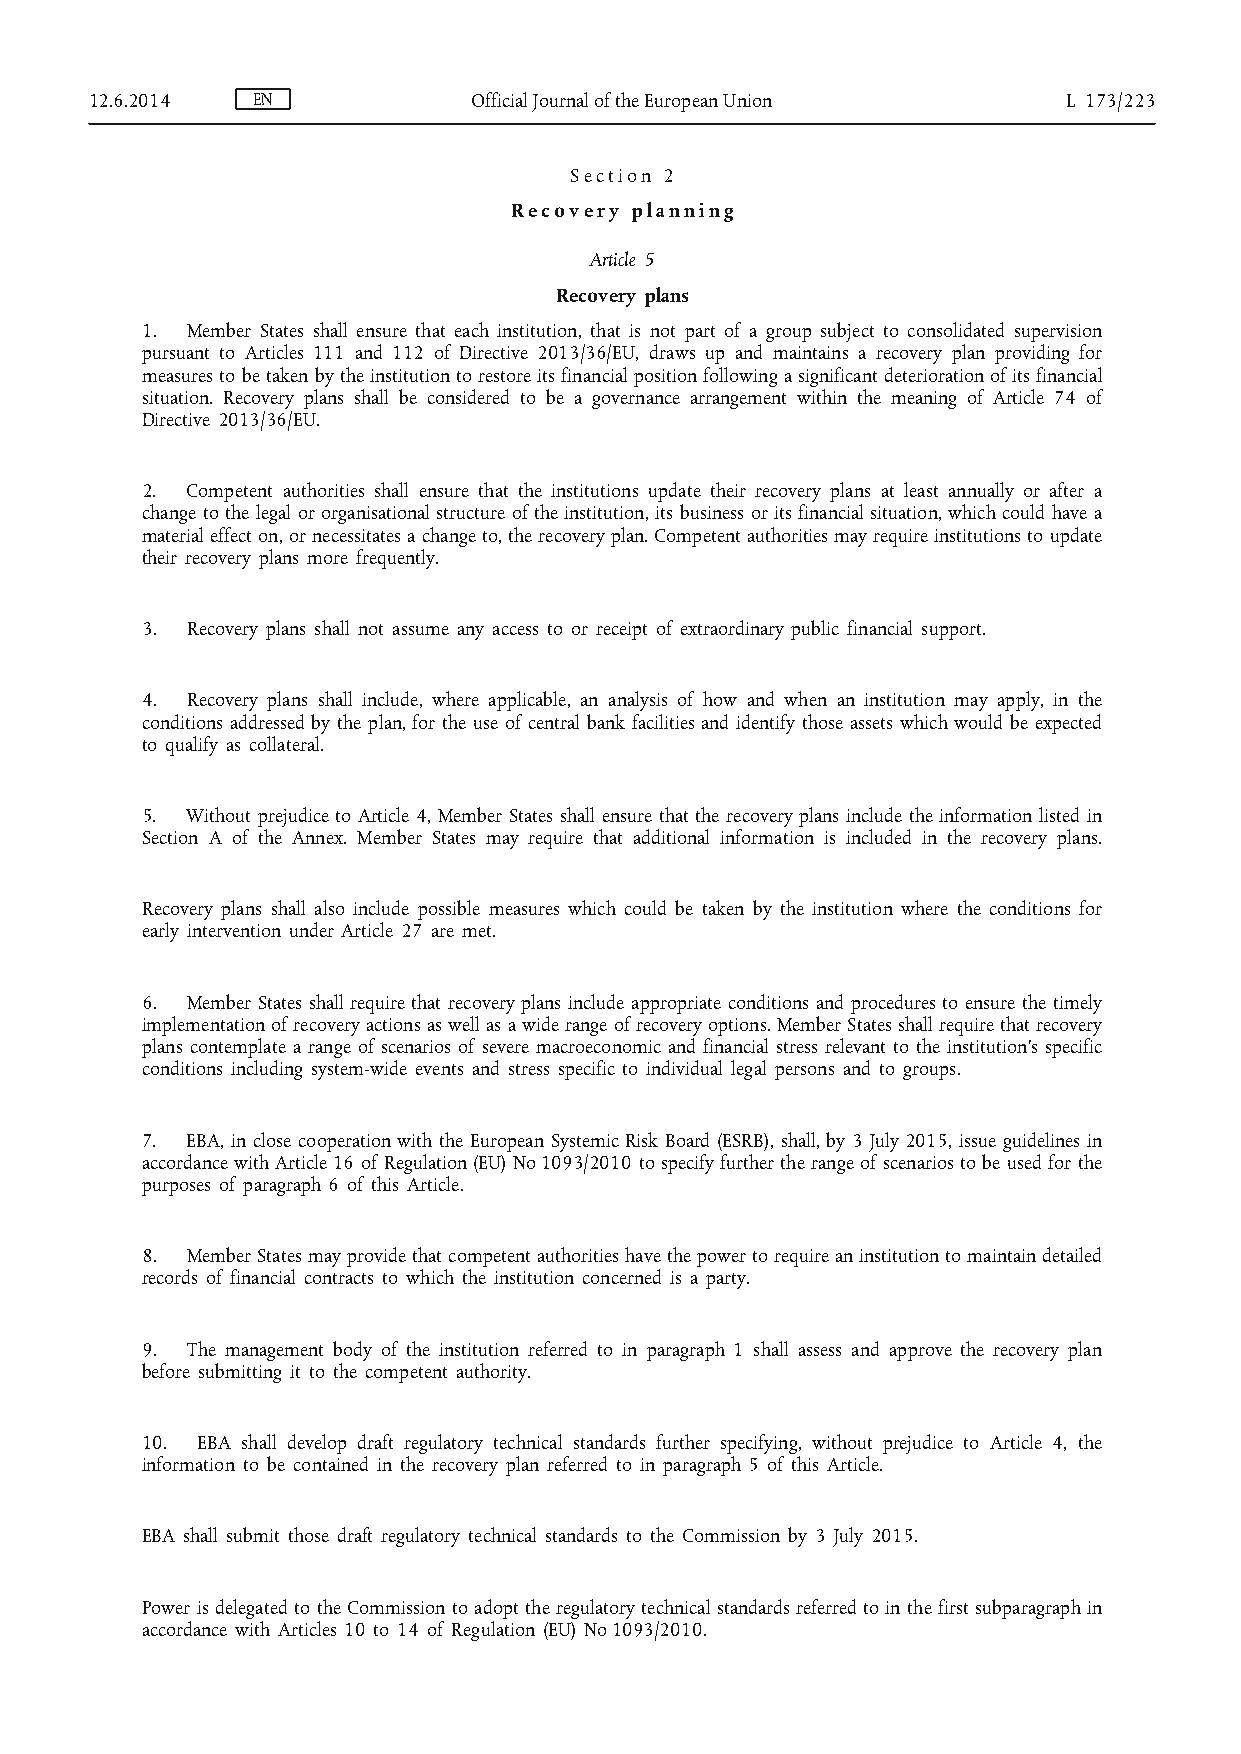
12.6.2014  EN            Official Journal of the European Union  L 173/223
 S e c t i o n 2
 R e c o v e r y p l a n n i n g
 Article 5
 Recovery plans
 1. Member States shall ensure that each institution, that is not part of a group subject to consolidated supervision
 pursuant to Articles 111 and 112 of Directive 2013/36/EU, draws up and maintains a recovery plan providing for
 measures to be taken by the institution to restore its financial position following a significant deterioration of its financial
 situation. Recovery plans shall be considered to be a governance arrangement within the meaning of Article 74 of
 Directive 2013/36/EU.
 2. Competent authorities shall ensure that the institutions update their recovery plans at least annually or after a
 change to the legal or organisational structure of the institution, its business or its financial situation, which could have a
 material effect on, or necessitates a change to, the recovery plan. Competent authorities may require institutions to update
 their recovery plans more frequently.
 3. Recovery plans shall not assume any access to or receipt of extraordinary public financial support.
 4. Recovery plans shall include, where applicable, an analysis of how and when an institution may apply, in the
 conditions addressed by the plan, for the use of central bank facilities and identify those assets which would be expected
 to qualify as collateral.
 5. Without prejudice to Article 4, Member States shall ensure that the recovery plans include the information listed in
 Section A of the Annex. Member States may require that additional information is included in the recovery plans.
 Recovery plans shall also include possible measures which could be taken by the institution where the conditions for
 early intervention under Article 27 are met.
 6. Member States shall require that recovery plans include appropriate conditions and procedures to ensure the timely
 implementation of recovery actions as well as a wide range of recovery options. Member States shall require that recovery
 plans contemplate a range of scenarios of severe macroeconomic and financial stress relevant to the institution’s specific
 conditions including system-wide events and stress specific to individual legal persons and to groups.
 7. EBA, in close cooperation with the European Systemic Risk Board (ESRB), shall, by 3 July 2015, issue guidelines in
 accordance with Article 16 of Regulation (EU) No 1093/2010 to specify further the range of scenarios to be used for the
 purposes of paragraph 6 of this Article.
 8. Member States may provide that competent authorities have the power to require an institution to maintain detailed
 records of financial contracts to which the institution concerned is a party.
 9. The management body of the institution referred to in paragraph 1 shall assess and approve the recovery plan
 before submitting it to the competent authority.
 10. EBA shall develop draft regulatory technical standards further specifying, without prejudice to Article 4, the
 information to be contained in the recovery plan referred to in paragraph 5 of this Article.
 EBA shall submit those draft regulatory technical standards to the Commission by 3 July 2015.
 Power is delegated to the Commission to adopt the regulatory technical standards referred to in the first subparagraph in
 accordance with Articles 10 to 14 of Regulation (EU) No 1093/2010.